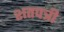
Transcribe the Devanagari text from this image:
शतपत्री